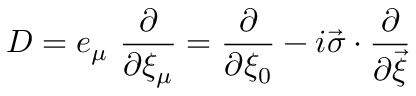
D = e _ { \mu } ~ \frac { \partial } { \partial \xi _ { \mu } } = \frac { \partial } { \partial \xi _ { 0 } } - i \vec { \sigma } \cdot \frac { \partial } { \partial \vec { \xi } }